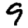
Digit: 9